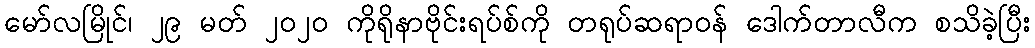
မော်လမြိုင်၊ ၂၉ မတ် ၂၀၂၀ ကိုရိုနာဗိုင်းရပ်စ်ကို တရုပ်ဆရာဝန် ဒေါက်တာလီက စသိခဲ့ပြီး